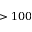
> 1 0 0